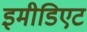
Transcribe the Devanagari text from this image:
इमीडिएट